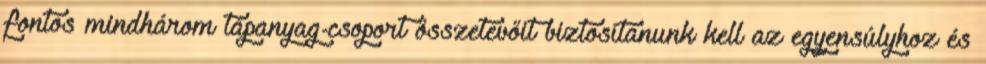
fontos mindhárom tápanyag-csoport összetevőit biztosítanunk kell az egyensúlyhoz és